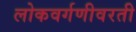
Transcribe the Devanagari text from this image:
लोकवर्गणीवरती